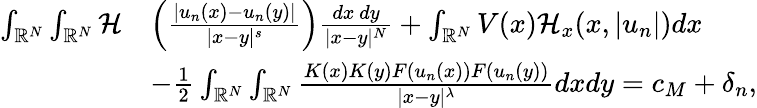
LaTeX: \begin{array}{rl}{\int_{{\mathbb R}^{N}}\int_{{\mathbb R}^{N}}\mathcal{H}}&{\left(\frac{|u_{n}(x)-u_{n}(y)|}{|x-y|^{s}}\right)\frac{dx\ dy}{|x-y|^{N}}+\int_{{\mathbb R}^{N}}V(x)\mathcal{H}_{x}(x,|u_{n}|)dx}\\ &{-\frac{1}{2}\int_{{\mathbb R}^{N}}\int_{{\mathbb R}^{N}}\frac{K(x)K(y)F(u_{n}(x))F(u_{n}(y))}{|x-y|^{\lambda}}dxdy=c_{M}+\delta_{n},}\end{array}